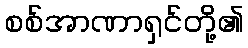
စစ်အာဏာရှင်တို့၏